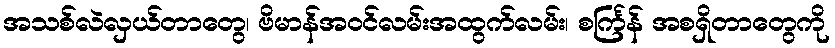
အသစ်လဲလှယ်တာတွေ၊ ဗိမာန်အဝင်လမ်းအထွက်လမ်း၊ စင်္ကြန် အစရှိတာတွေကို